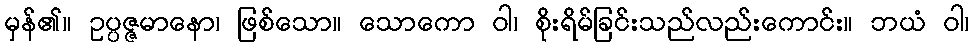
မှန်၏။ ဥပ္ပဇ္ဇမာနော၊ ဖြစ်သော။ သောကော ဝါ၊ စိုးရိမ်ခြင်းသည်လည်းကောင်း။ ဘယံ ဝါ၊